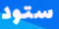
ستود